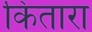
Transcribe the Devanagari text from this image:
किंतारा